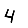
Digit: 4